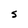
Character: S